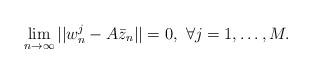
LaTeX: \begin{align*}\lim\limits_{n\to\infty}||{w}^j_n-A\bar{z}_n||=0,~\forall j=1,\ldots,M.\end{align*}